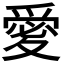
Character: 𭐫